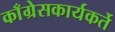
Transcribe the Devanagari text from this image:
काँग्रेसकार्यकर्ते